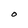
Character: O